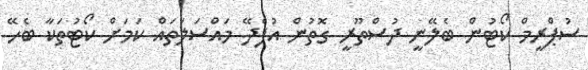
ސުޕްރީމް ކޯޓުން ބެލޭނީ ދުސްތޫރީ ގޮތުން އުފެދޭ މައްސަލަތައް ކަމަށް ކޯޓުތަކާ ބެހޭ